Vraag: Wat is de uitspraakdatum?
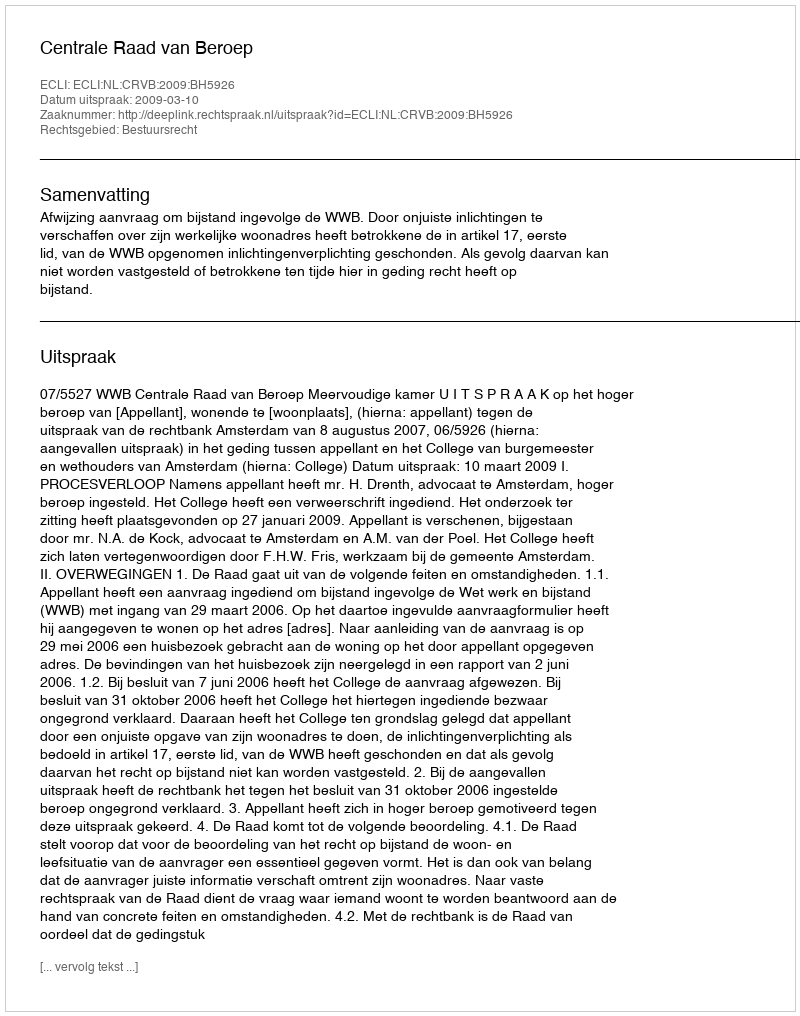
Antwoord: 2009-03-10